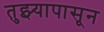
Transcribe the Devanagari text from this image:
तुझ्यापासून